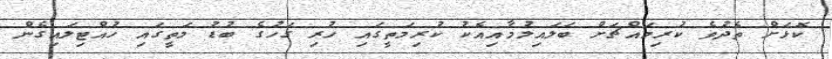
ކޮޅަށް ތެދުވެ ކުރިމައްޗަށް ބަލައިލުމާއިއެކު ކުރިމަތީގައި ހުރި ގަހުގެ ބުޑު މަތީގައި ހުއްޓިލައިގެން